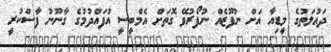
ދައުލަތުގެ މީޑިއާ އަށް ނުފޫޒެއް ނުފޯރުވޭ ގޮތަށް އެމްބީސީ އުފައްދުމުގެ ގާނޫނު ފާސްކުރީ